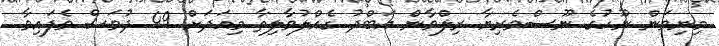
މިނިވަން ނޫހުގެ ނޫސްވެރިޔާ ރިލްވާން އަބްދު ގެއްލުވާލިތާ މިއަދަށް 49 ދުވަސް ވެފައިވާ